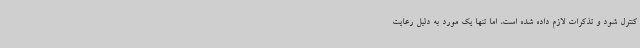
کنترل شود و تذکرات لازم داده شده است، اما تنها یک مورد به دلیل رعایت